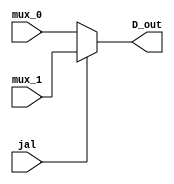
module D_mux(
    input [31:0] mux_0,
    input [31:0] mux_1,
    input jal,
    output reg[31:0] D_out
    );
    
    always @(*) begin 
        if (jal == 0) begin
            D_out <= mux_0;
        end
        else begin
            D_out <= mux_1;
        end
    end
endmodule